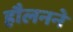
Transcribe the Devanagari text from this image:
हौलनने